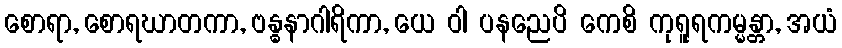
စောရာ, စောရဃာတကာ, ဗန္ဓနာဂါရိကာ, ယေ ဝါ ပနညေပိ ကေစိ ကုရူရကမ္မန္တာ, အယံ